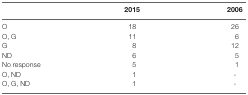
<table><thead><tr><td></td><td><b>2015</b></td><td><b>2006</b></td></tr></thead><tbody><tr><td>O</td><td>18</td><td>26</td></tr><tr><td>O, G</td><td>11</td><td>6</td></tr><tr><td>G</td><td>8</td><td>12</td></tr><tr><td>ND</td><td>6</td><td>5</td></tr><tr><td>No response</td><td>5</td><td>1</td></tr><tr><td>O, ND</td><td>1</td><td>-</td></tr><tr><td>O, G, ND</td><td>1</td><td>-</td></tr></tbody></table>